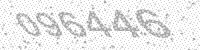
Solution: 096446